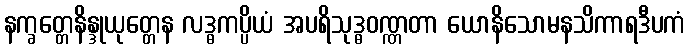
နက္ခတ္တေနိန္ဒုယုတ္တေန လဒ္ဓကပ္ပိယံ အပရိသုဒ္ဓဝဏ္ဏတာ ယောနိသောမနသိကာရဒီပကံ